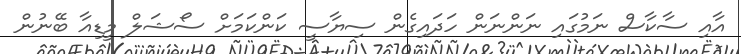
އާއި ސާކާސް ނަމުގައި ނަންނަން ހަދައިގެން ސިޔާސީ ކަންކަމަށް ސޯޝަލް މީޑިއާ ބޭނުން